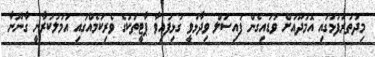
މިދަތުރުފުޅުގައި އޮމަދޫއަށް ވަޑައިގެން ފައިސަލް ވިދާޅުވީ ގުޅިފައިވާ ޕާޓީތަކުގެ ވެރިކަމެއްގައި އަމަލުކުރާނީ ގާނޫނާ